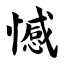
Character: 憾